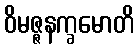
ဝိမဇ္ဇနက္ခမောတိ